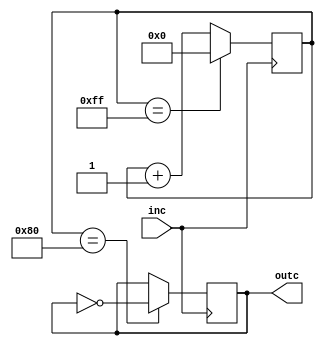
`timescale 1ns / 1ps

module clock(inc ,outc  );
input inc;
output outc;
reg [7:0]k= 8'b00000000;
reg m=1;
always@(posedge inc)

begin
if(k==8'b10000000)
m=~m;
if(k==8'b11111111)
k=8'b00000000;
else
k=k+1;
end

assign outc=m;
endmodule
//f=195312.5